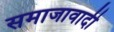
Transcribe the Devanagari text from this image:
समाजावादी